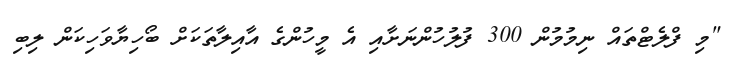
"މި ފްލެޓްތައް ނިމުމުން 300 ފުލުހުންނަށާއި އެ މީހުންގެ އާއިލާތަކަށް ބޯހިޔާވަހިކަން ލިބި